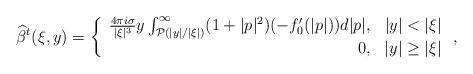
LaTeX: \begin{align*}\widehat{\beta}^t(\xi,y) = \left\{ \begin{array}{rc}\frac{4 \pi i \sigma}{|\xi|^3} y \int_{\mathcal{P}(|y|/|\xi|)}^{\infty}(1+|p|^2) (-f_0'(|p|))d|p|, & |y| < |\xi|\\ 0, & |y|\ge |\xi|\end{array}\right.,\end{align*}